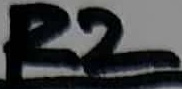
Text: R2